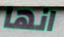
انها